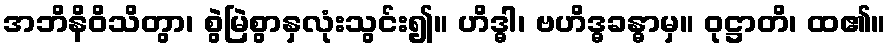
အဘိနိဝိသိတွာ၊ စွဲမြဲစွာနှလုံးသွင်း၍။ ဟိဒ္ဓါ၊ ဗဟိဒ္ဓခန္ဓာမှ။ ဝုဋ္ဌာတိ၊ ထ၏။